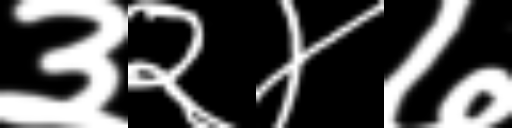
Text: ३२४७